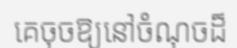
គេចុចឱ្យនៅចំណុចដ៏